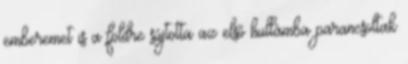
emberemet is a földre sújtotta az első hullámba parancsoltak